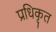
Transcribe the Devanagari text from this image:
प्रधिकृत